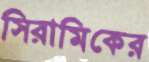
সিরামিকের